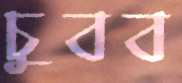
চুবব